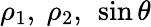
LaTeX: \rho_{1},\ \rho_{2},\ \sin\theta